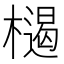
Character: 𣜶